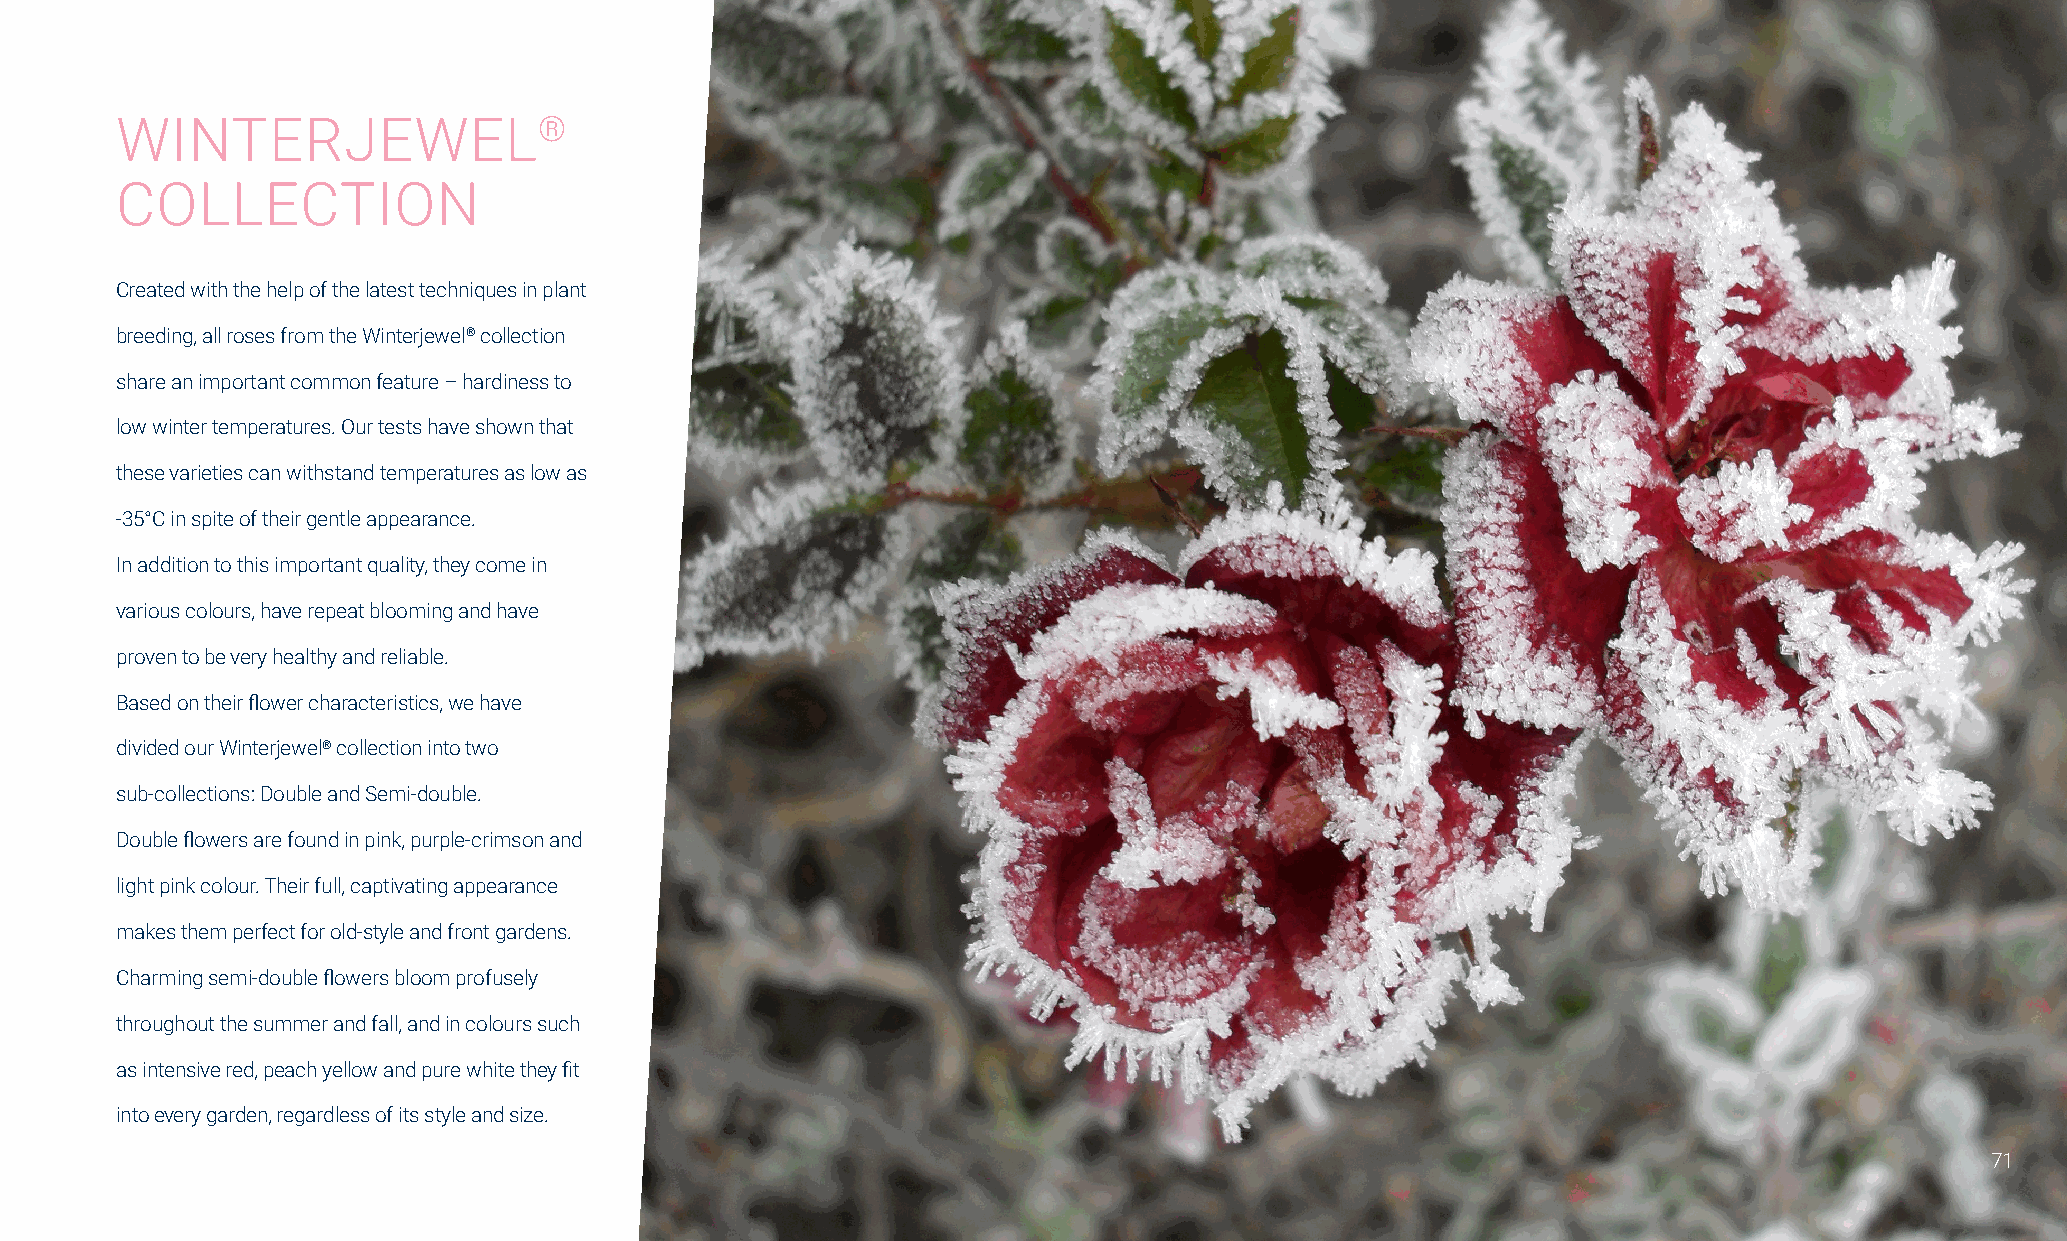
WINTERJEWEL®
 COLLECTION
 Created with the help of the latest techniques in plant
 breeding, all roses from the Winterjewel® collection
 share an important common feature – hardiness to
 low winter temperatures. Our tests have shown that
 these varieties can withstand temperatures as low as
 -35°C in spite of their gentle appearance.
 In addition to this important quality, they come in
 various colours, have repeat blooming and have
 proven to be very healthy and reliable.
 Based on their flower characteristics, we have
 divided our Winterjewel® collection into two
 sub-collections: Double and Semi-double.
 Double flowers are found in pink, purple-crimson and
 light pink colour. Their full, captivating appearance
 makes them perfect for old-style and front gardens.
 Charming semi-double flowers bloom profusely
 throughout the summer and fall, and in colours such
 as intensive red, peach yellow and pure white they fit
 into every garden, regardless of its style and size.
 71